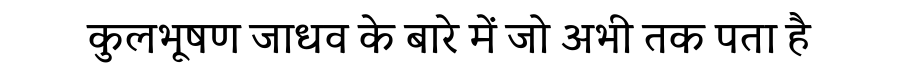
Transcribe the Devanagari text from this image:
कुलभूषण जाधव के बारे में जो अभी तक पता है